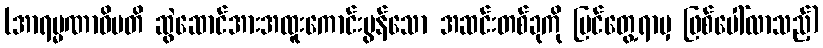
(အာရမ္မဏာဓိပတိ ဆွဲဆောင်အားအထူးကောင်းမွန်သော အဆင်းတစ်ခုကို မြင်တွေ့ရာမှ ဖြစ်ပေါ်လာသည့်)